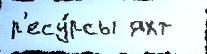
р'есу́рсы яхт